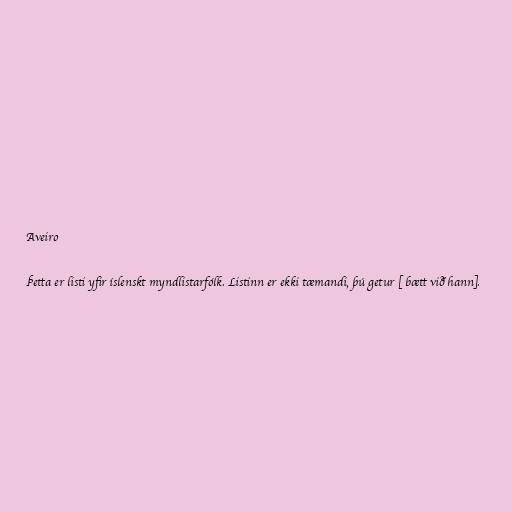
Aveiro

Þetta er listi yfir íslenskt myndlistarfólk. Listinn er ekki tæmandi, þú getur [ bætt við hann].